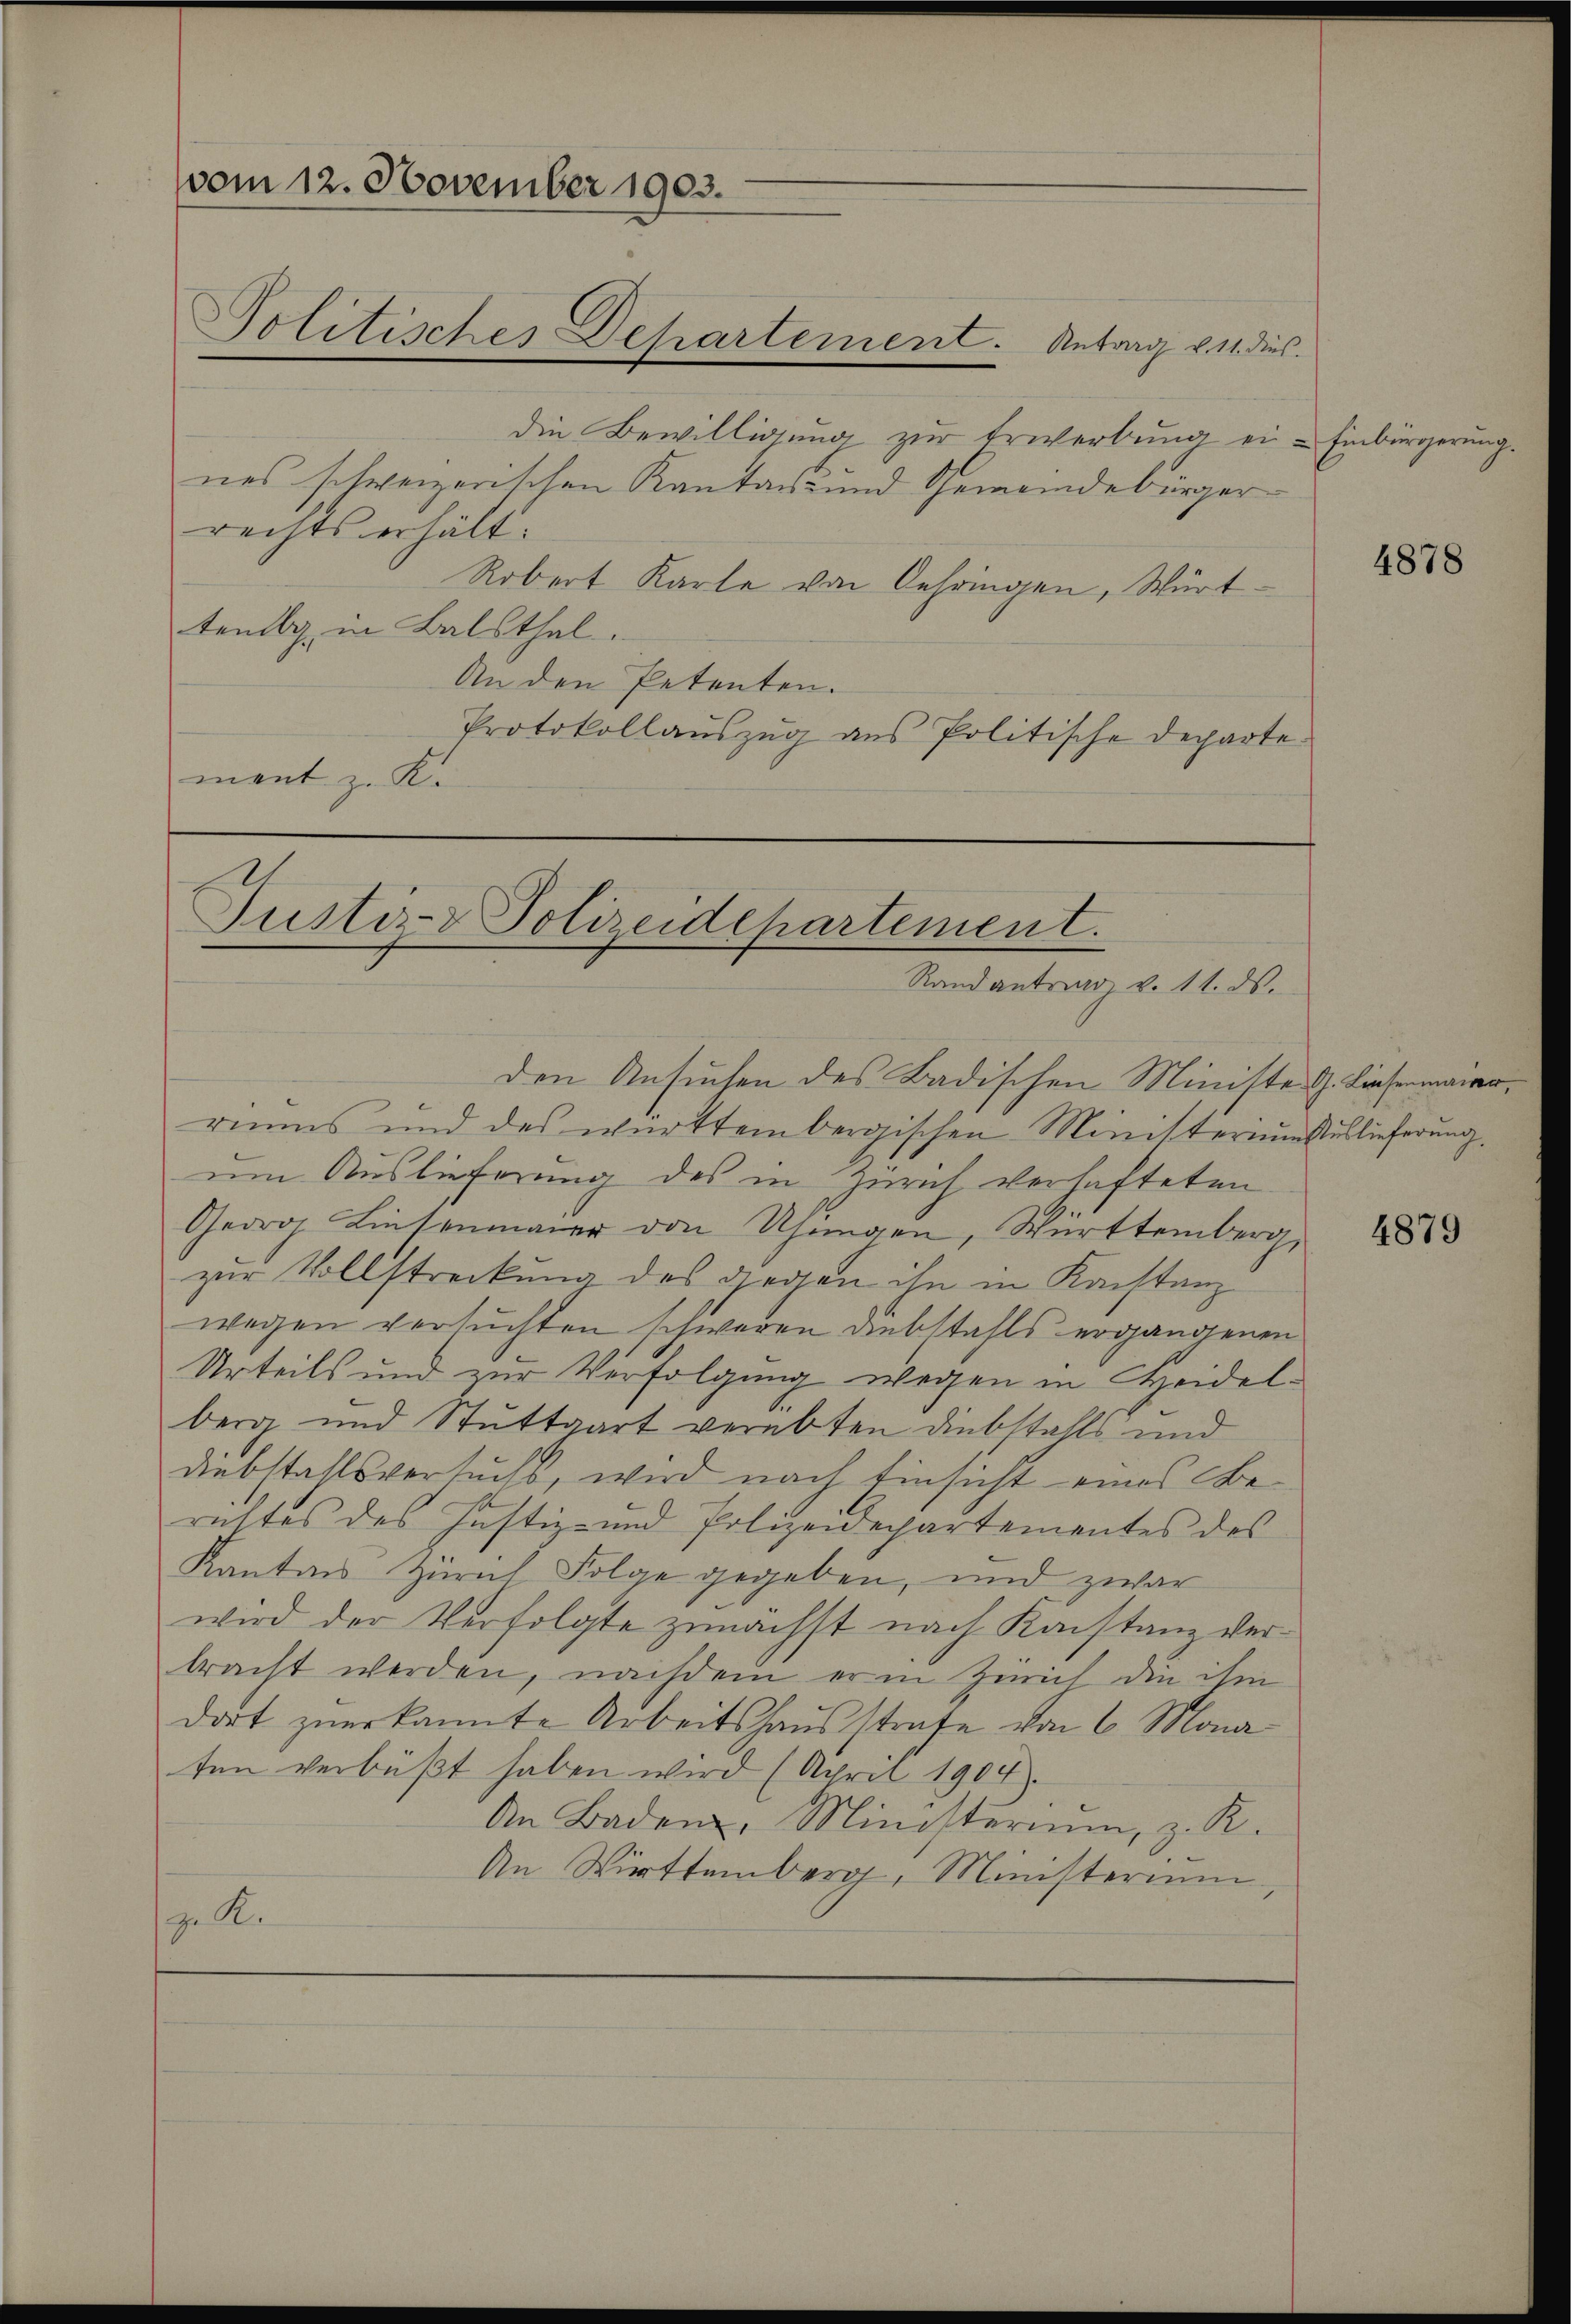
vom 12. November 1903.

die Bewilligung zur Erwerbung ein - Einbürgerung.
nes schweizerischen Kantons- und Gemeindebürger
rechts erhält.
Robert Karle von Gehringen, Württenbg. in Balsthal.
An den Petenten.
Protokollauszug aus Politische Departe
ment z. K.

Politisches Departement. Antrag v. 11. dies

Justiz- & Polizeidepartement.
Rand antrag v. 11. ds.

den Ansuchen des Badischen Ministe G. Linsermanna
riums und des württembergischen Ministeriumsuslieferung
um Auslieferung des in Zürich verhafteten
Georg Linsenmaier von Uhungen, Württemberg,
zur Vollstreckung des gegen ihn in Konstanz
wegen versuchten schweren Diebstahls ergangenen
Urteils und zur Verfolgung wegen in Heidelberg und Stuttgart verübten Diebstahls und
Diebstallsversuchs, wird nach Einsicht eines Berichtes des Justiz- und Polizeidepartementes des
Kanton Zürich Folge gegeben, und zwar
wird der Verfolgte zunächst nach Konstanz verbracht werden, nachdem er in Zürich die ihm
dort zuerkannte Arbeitshausstrafe von 6 Mona
ten verbüßt haben wird (April 1904.
An Baden, Ministerium, z. R.
An Württemberg, Ministerium,
zu S.

4878

4879